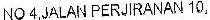
NO4,JALAN PERJIRANAN 10,